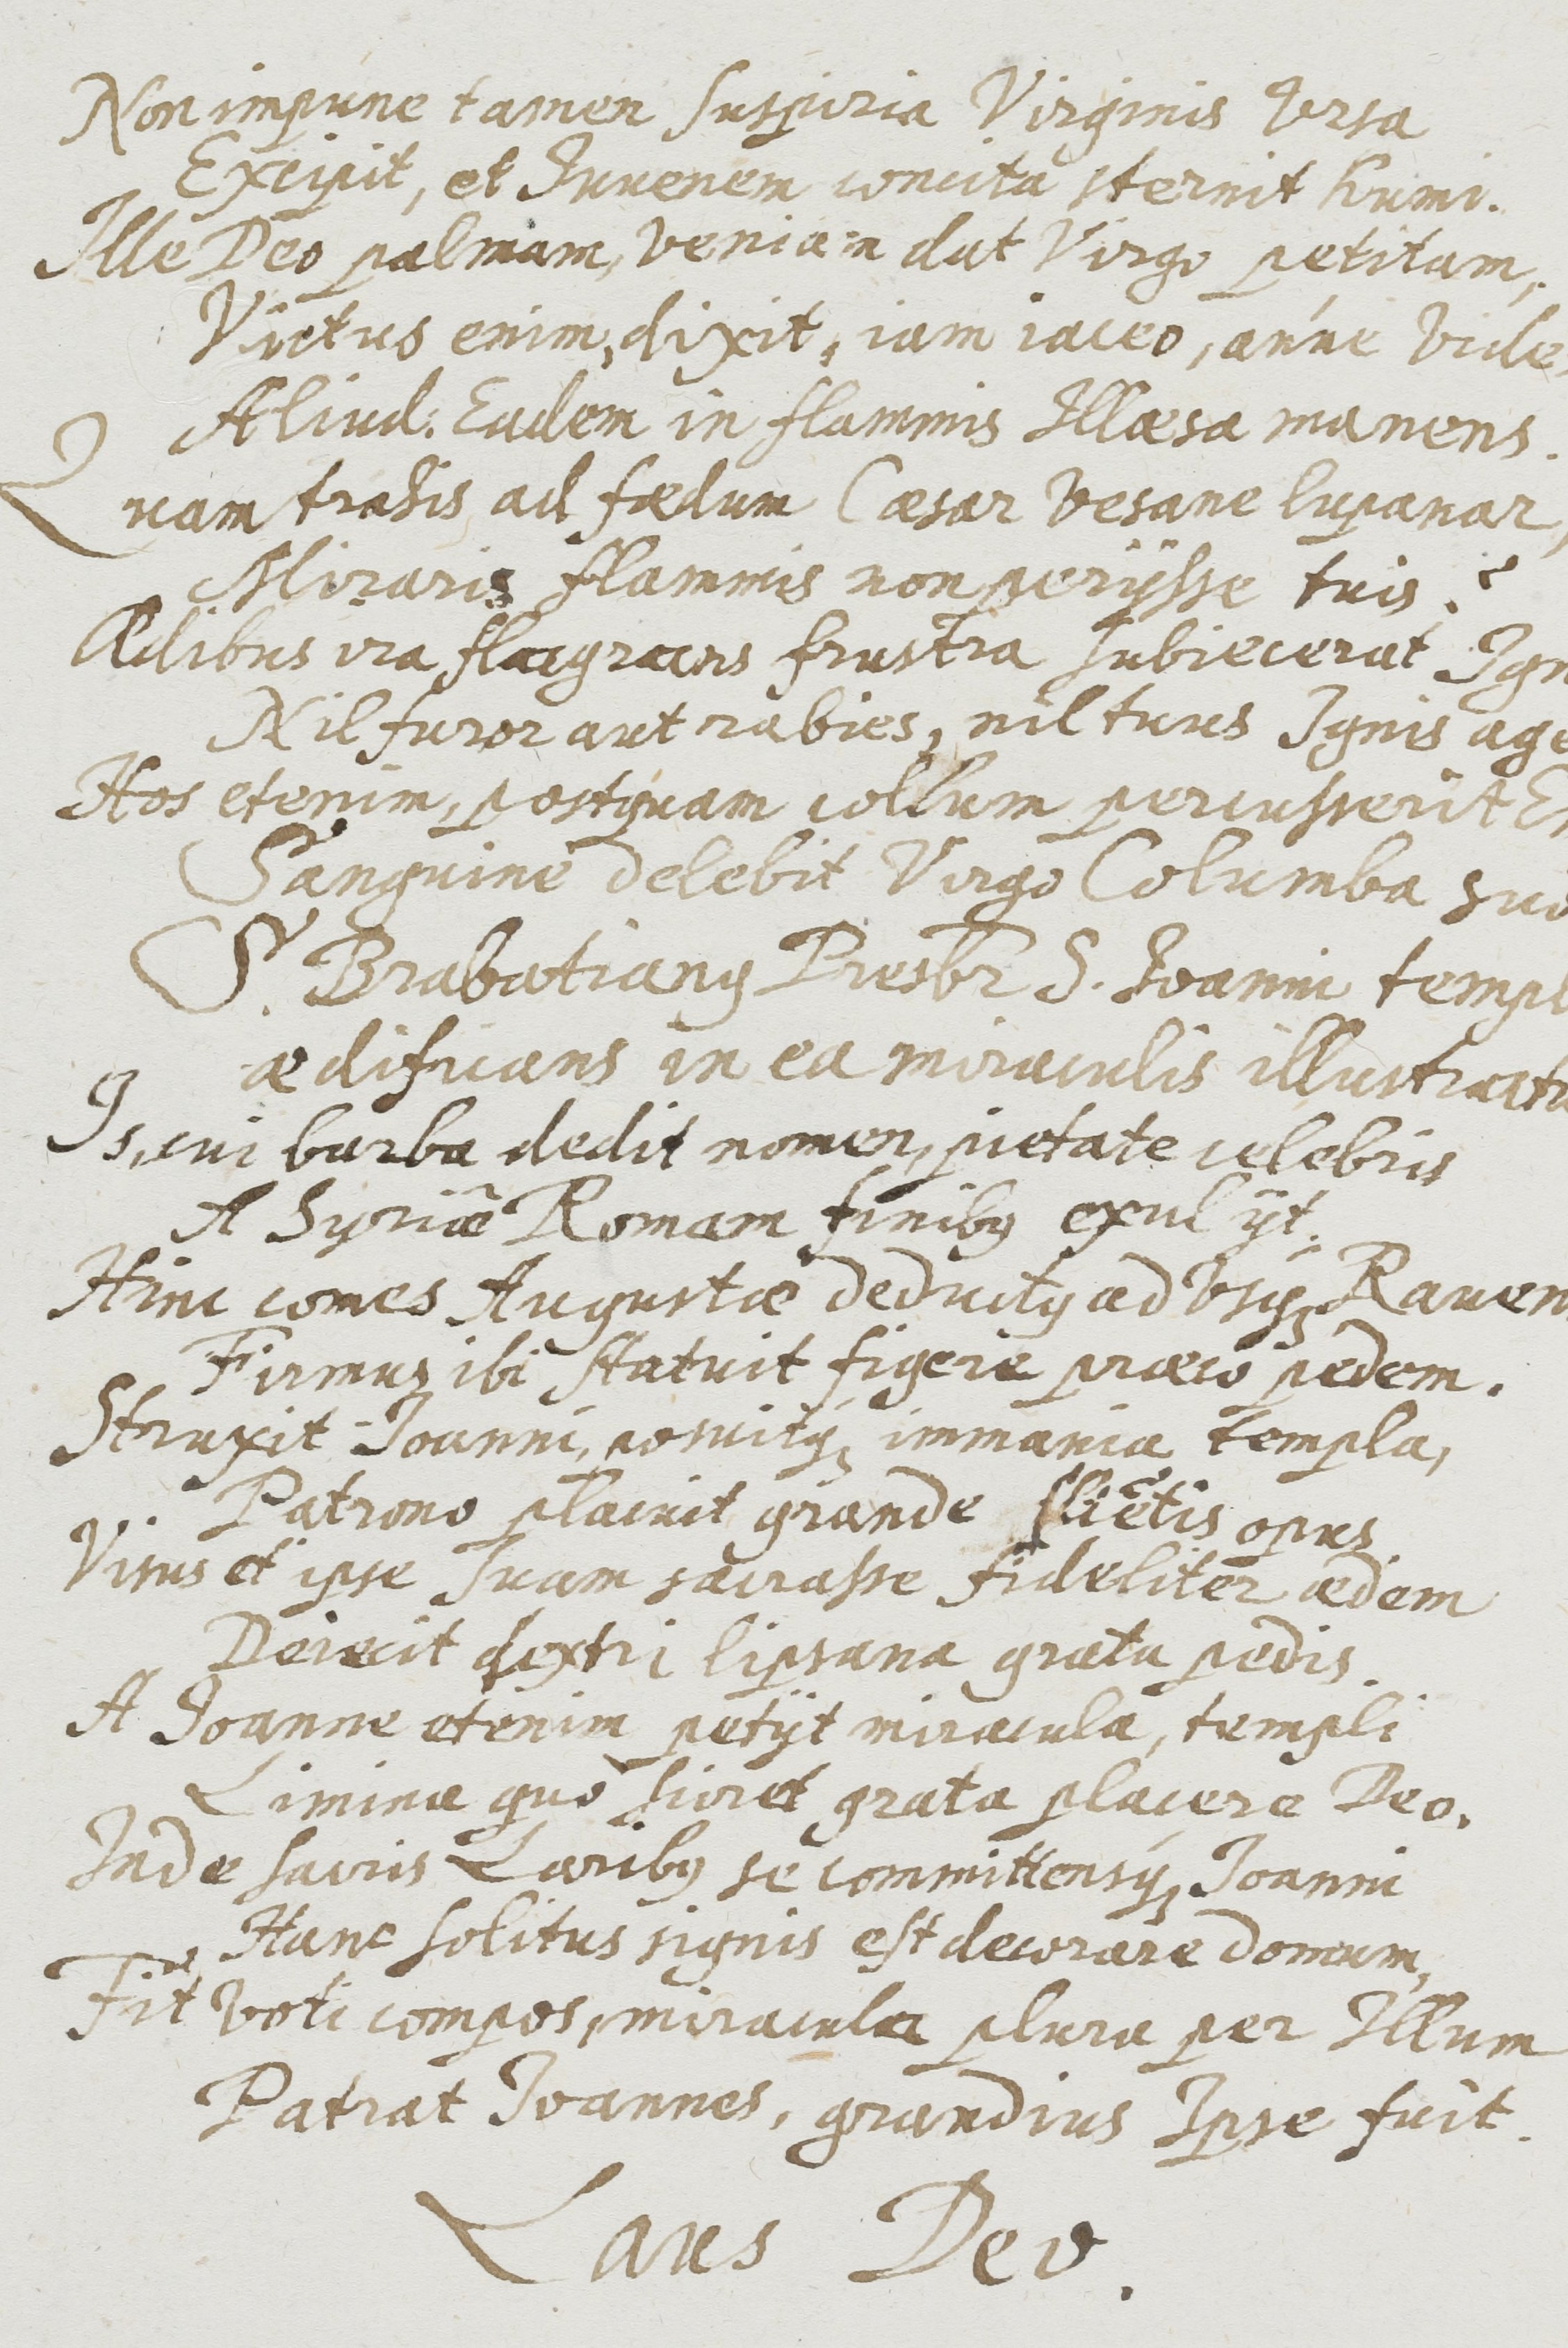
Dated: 1637–1673